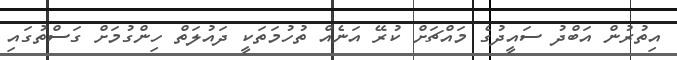
އިތުރުން އަބްދު ސައީދުގެ މައްޗަށް ކުރޭ އަނެއް ތުހުމަތަކީ ދައުލަތް ހިންގުމަށް ގަސްތުގައި